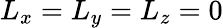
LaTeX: L_{x}=L_{y}=L_{z}=0